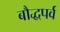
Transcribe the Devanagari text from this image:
बौद्धपर्व